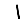
Digit: 1